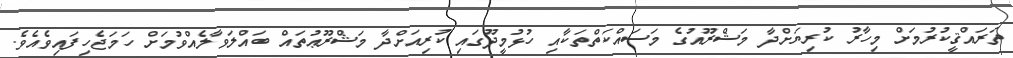
ތަރައްޤީކުރުމަށް މިހާރު ކުރިޔަށްދާ މަޝްރޫއުގެ މަސައްކަތްތަކާއި ހުޅުމީދޫގައި ކުރިއަށްދާ މަޝްރޫޢުތައް ބައްލަވާލެއްވުމަށް ހަމަޖެހިފައިވެއެވެ.